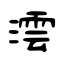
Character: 澐